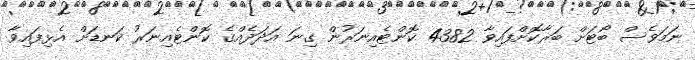
ނަމަވެސް ބޯޓަށް ބަރާކޮށްފައިވާ 4382 ކޮންޓެއިނަރުން ގިނަ އަދަދެއްގެ ކޮންޓެއިނަރު ކަނޑަށް އެޅިފައިވާ